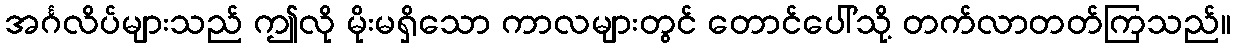
အင်္ဂလိပ်များသည် ဤလို မိုးမရှိသော ကာလများတွင် တောင်ပေါ်သို့ တက်လာတတ်ကြသည်။